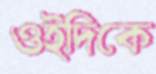
ওইদিকে